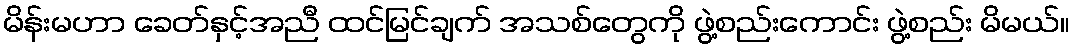
မိန်းမဟာ ခေတ်နှင့်အညီ ထင်မြင်ချက် အသစ်တွေကို ဖွဲ့စည်းကောင်း ဖွဲ့စည်း မိမယ်။